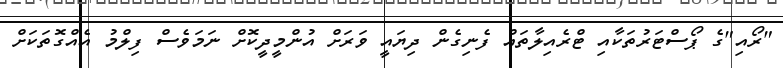
"ރޯއި"ގެ ޕޯސްޓަރުތަކާއި ޓްރެއިލާތައް ފެނިގެން ދިޔައީ ވަރަށް އުންމީދީކޮށް ނަމަވެސް ފިލްމު އެއްގޮތަކަށް